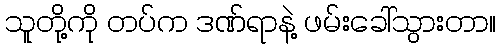
သူတို့ကို တပ်က ဒဏ်ရာနဲ့ ဖမ်းခေါ်သွားတာ။